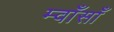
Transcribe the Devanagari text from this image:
म्वाँसाँ